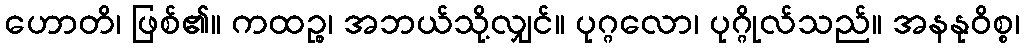
ဟောတိ၊ ဖြစ်၏။ ကထဉ္စ၊ အဘယ်သို့လျှင်။ ပုဂ္ဂလော၊ ပုဂ္ဂိုလ်သည်။ အနနုဝိစ္စ၊